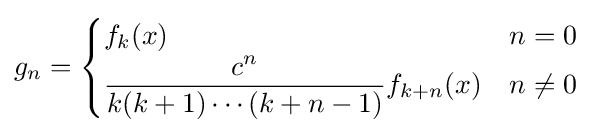
g_{n}={\begin{cases}f_{k}(x)&n=0\\{\dfrac {c^{n}}{k(k+1)\cdots (k+n-1)}}f_{k+n}(x)&n\neq 0\end{cases}}